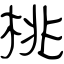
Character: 桃